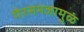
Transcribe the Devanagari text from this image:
गैरसमजामुळं